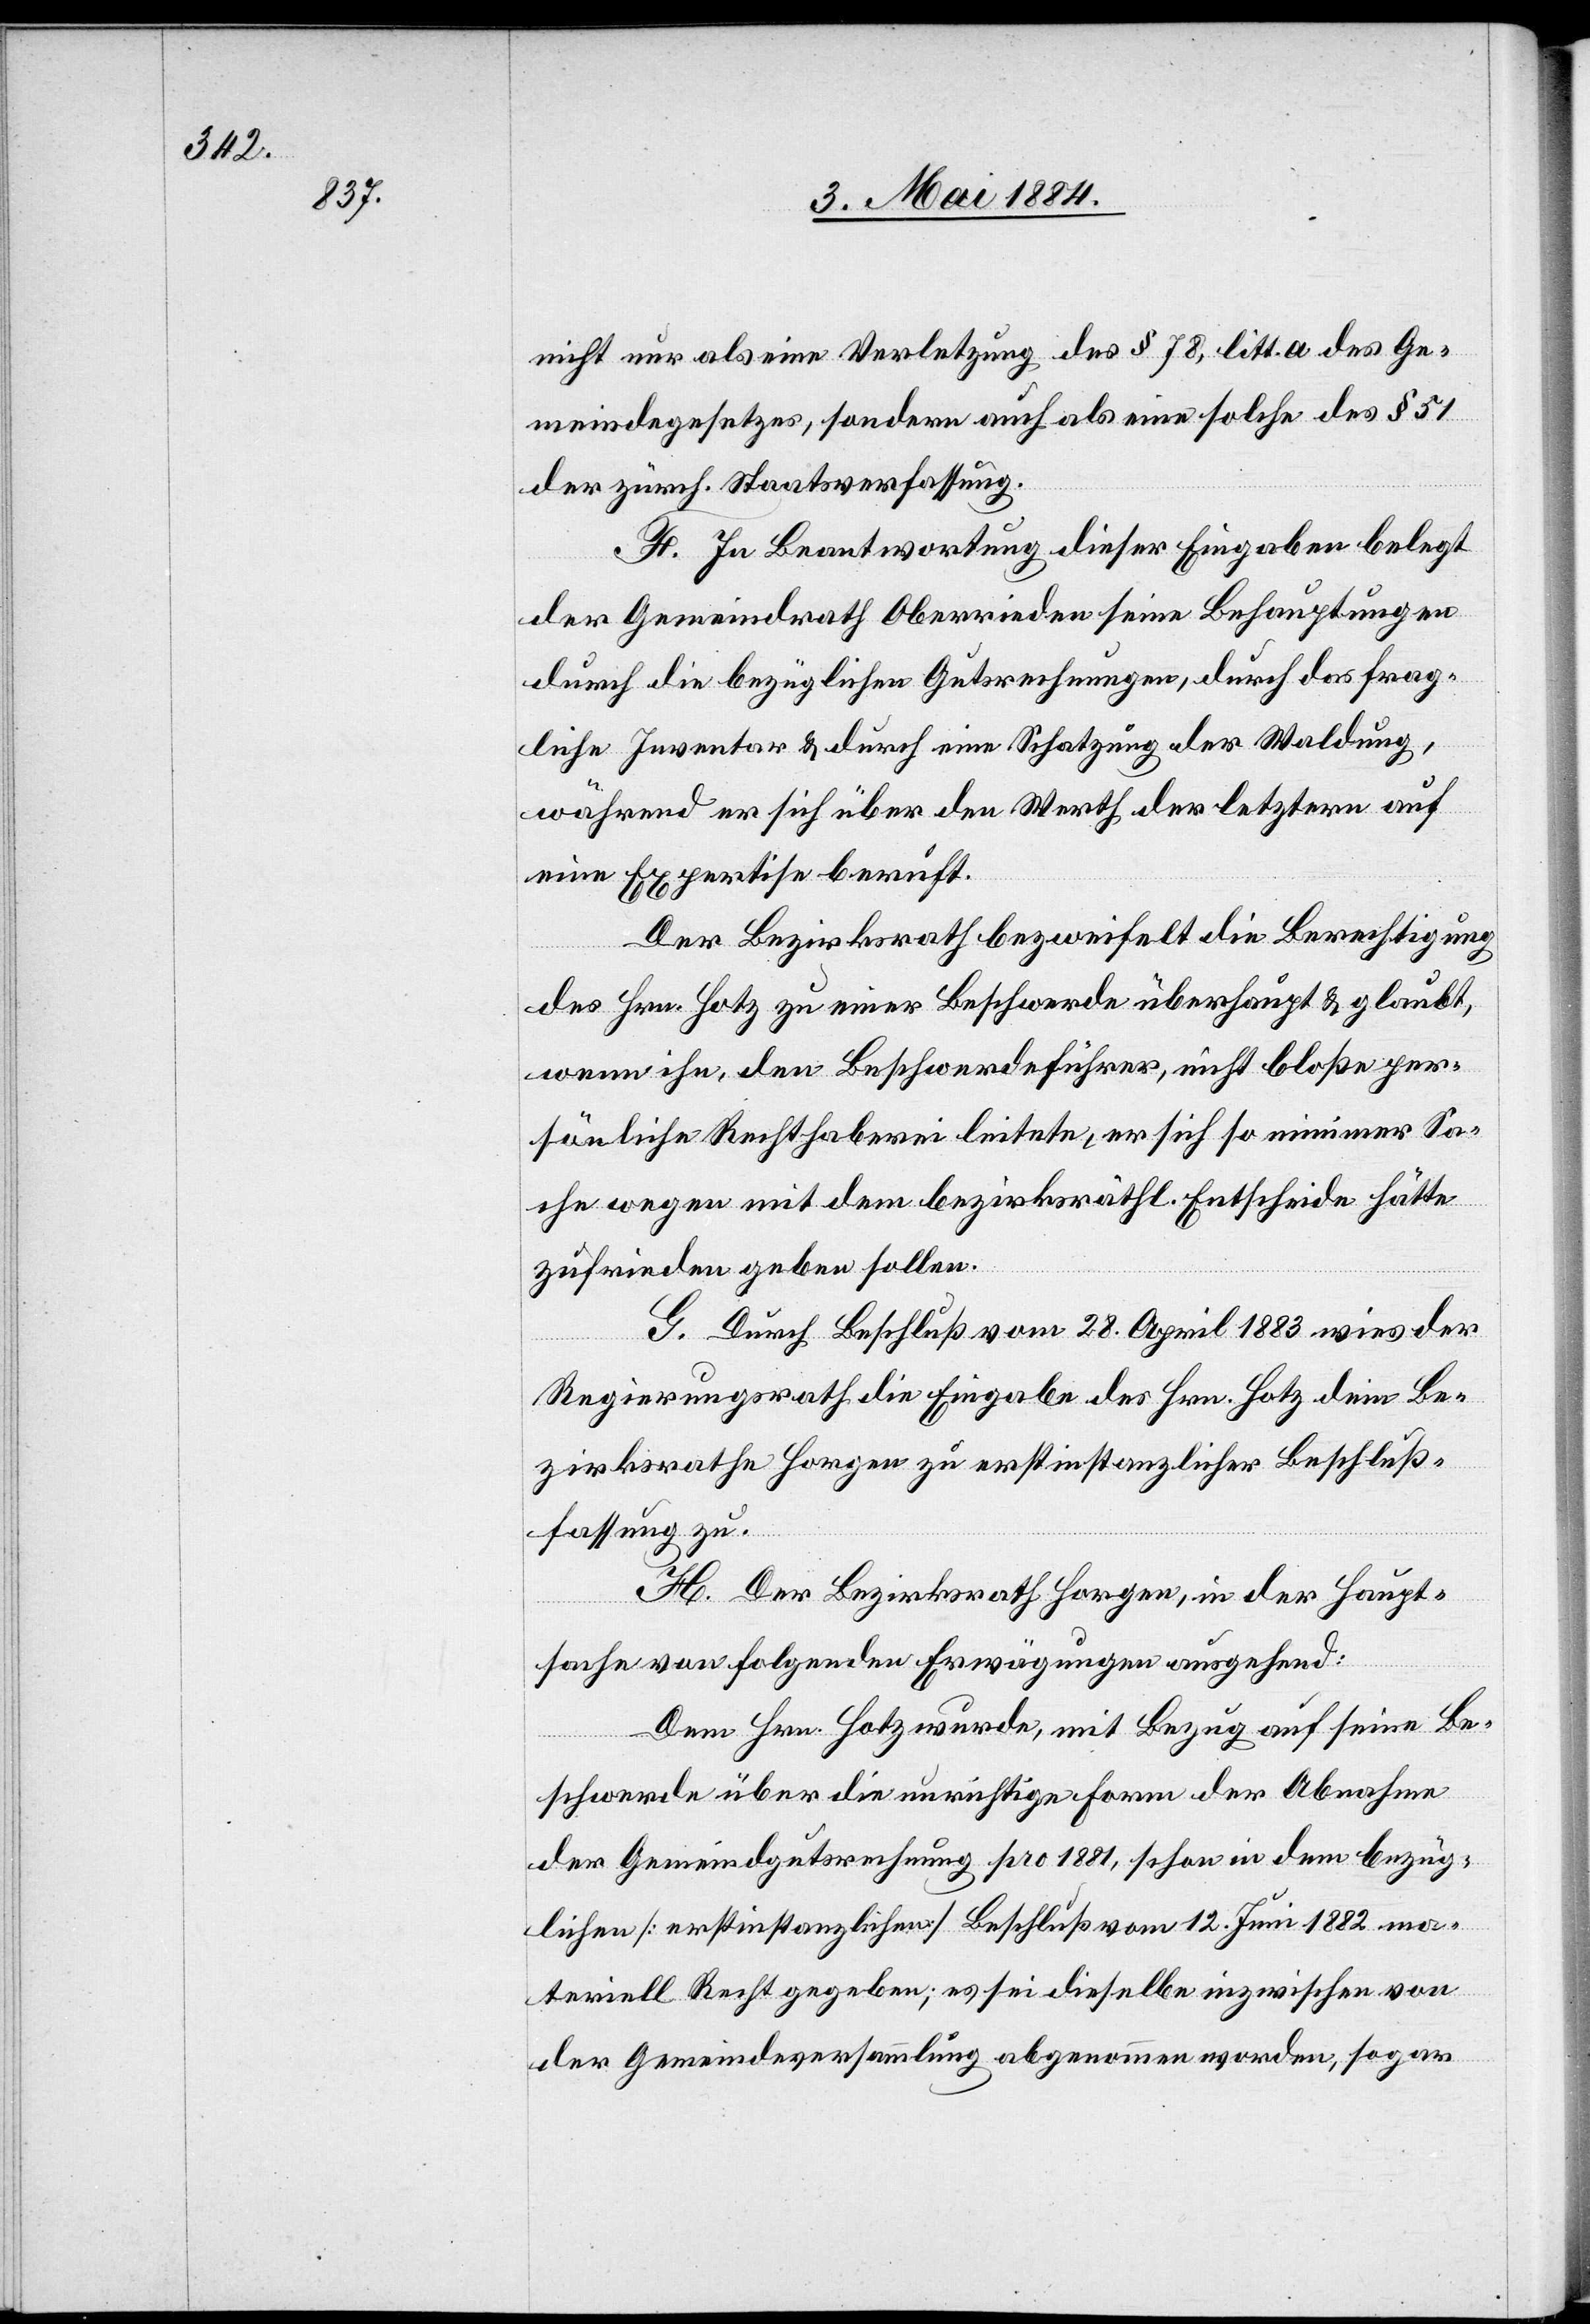
nicht nur als eine Verletzung des § 78. litt. a des Ge¬
meindesgesetzes, sondern auch als eine solche des § 51
der zürch. Staatsverfassung.
F. In Beantwortung dieser Eingaben belegt
der Gemeindrath Oberrieden seine Behauptungen
durch die bezüglichen Gutsrechnungen, durch das frag¬
liche Inventar & durch eine Schatzung der Waldung,
während er sich über den Werth der letztern auf
eine Expertise beruft.
Der Bezirksrath bezweifelt die Berechtigung
des Hrn. Hotz zu einer Beschwerde überhaupt & glaubt,
wenn ihn, den Beschwerdeführer, nicht bloße per¬
sönliche Rechthaberei leitete, er sich so nie einer Sa¬
che wegen mit dem bezirksräthl. Entscheide hätte
zufrieden geben sollen.
G. Durch Beschluß vom 28. April 1883 wies der
Regierungsrath die Eingabe des Hrn. Hotz dem Be¬
zirksrathe Horgen zu erstinstanzlicher Beschluß¬
fassung zu.
H. Der Bezirksrath Horgen, in der Haupt¬
sache von folgenden Erwägungen ausgehend:
Dem Hrn. Hotz wurde, mit Bezug auf seine Be¬
schwerde über die unrichtige Form der Abnahme
der Gemeindgutsrechnung pro 1881, schon in dem bezüg¬
lichen [erstinstanzlichen] Beschluß vom 12. Juni 1882 ma¬
teriell Recht gegeben; es sei dieselbe inzwischen von
der Gemeindeversammlung abgenommen worden, sogar